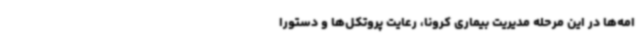
امه‌ها در این مرحله مدیریت بیماری کرونا، رعایت پروتکل‌ها و دستورا